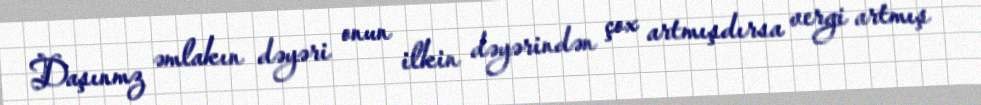
Daşınmz əmlakın dəyəri onun ilkin dəyərindən çox artmışdırsa vergi artmış